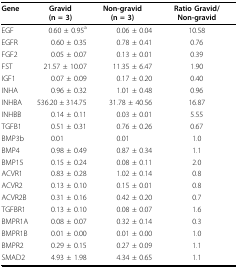
<table><thead><tr><td><b>Gene</b></td><td><b>Gravid (n = 3)</b></td><td><b>Non-gravid (n = 3)</b></td><td><b>Ratio Gravid/Non-gravid</b></td></tr></thead><tbody><tr><td>EGF</td><td>0.60 ± 0.95<sup>a</sup></td><td>0.06 ± 0.04</td><td>10.58</td></tr><tr><td>EGFR</td><td>0.60 ± 0.35</td><td>0.78 ± 0.41</td><td>0.76</td></tr><tr><td>FGF2</td><td>0.05 ± 0.07</td><td>0.13 ± 0.01</td><td>0.39</td></tr><tr><td>FST</td><td>21.57 ± 10.07</td><td>11.35 ± 6.47</td><td>1.90</td></tr><tr><td>IGF1</td><td>0.07 ± 0.09</td><td>0.17 ± 0.20</td><td>0.40</td></tr><tr><td>INHA</td><td>0.96 ± 0.32</td><td>1.01 ± 0.48</td><td>0.96</td></tr><tr><td>INHBA</td><td>536.20 ± 314.75</td><td>31.78 ± 40.56</td><td>16.87</td></tr><tr><td>INHBB</td><td>0.14 ± 0.11</td><td>0.03 ± 0.01</td><td>5.55</td></tr><tr><td>TGFB1</td><td>0.51 ± 0.31</td><td>0.76 ± 0.26</td><td>0.67</td></tr><tr><td>BMP3b</td><td>0.01</td><td>0.01</td><td>1.0</td></tr><tr><td>BMP4</td><td>0.98 ± 0.49</td><td>0.87 ± 0.34</td><td>1.1</td></tr><tr><td>BMP15</td><td>0.15 ± 0.24</td><td>0.08 ± 0.11</td><td>2.0</td></tr><tr><td>ACVR1</td><td>0.83 ± 0.28</td><td>1.02 ± 0.14</td><td>0.8</td></tr><tr><td>ACVR2</td><td>0.13 ± 0.10</td><td>0.15 ± 0.01</td><td>0.8</td></tr><tr><td>ACVR2B</td><td>0.31 ± 0.16</td><td>0.42 ± 0.20</td><td>0.7</td></tr><tr><td>TGFBR1</td><td>0.13 ± 0.10</td><td>0.08 ± 0.07</td><td>1.6</td></tr><tr><td>BMPR1A</td><td>0.08 ± 0.07</td><td>0.32 ± 0.14</td><td>0.3</td></tr><tr><td>BMPR1B</td><td>0.01 ± 0.00</td><td>0.01 ± 0.00</td><td>1.0</td></tr><tr><td>BMPR2</td><td>0.29 ± 0.15</td><td>0.27 ± 0.09</td><td>1.1</td></tr><tr><td>SMAD2</td><td>4.93 ± 1.98</td><td>4.34 ± 0.65</td><td>1.1</td></tr></tbody></table>